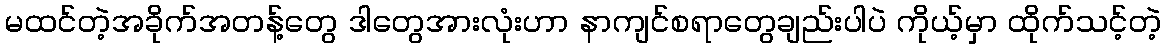
မထင်တဲ့အခိုက်အတန့်တွေ ဒါတွေအားလုံးဟာ နာကျင်စရာတွေချည်းပါပဲ ကိုယ့်မှာ ထိုက်သင့်တဲ့